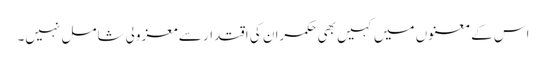
اس کے معنوں میں کہیں بھی حکمران کی اقتدار سے معزولی شامل نہیں۔